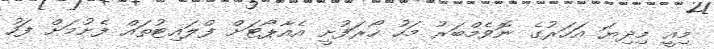
މިއީ މިދިޔަ އަހަރުގެ ނޮވެމްބަރު މަހު ހޯރަފުށީ އެއާޕޯޓަށް ފްލައިޓުތައް ފެށުމަށް ފަހު